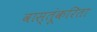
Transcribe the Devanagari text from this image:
वास्तूंकरिता